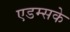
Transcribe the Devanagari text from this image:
एडम्सके